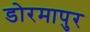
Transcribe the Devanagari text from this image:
डोरमापुर